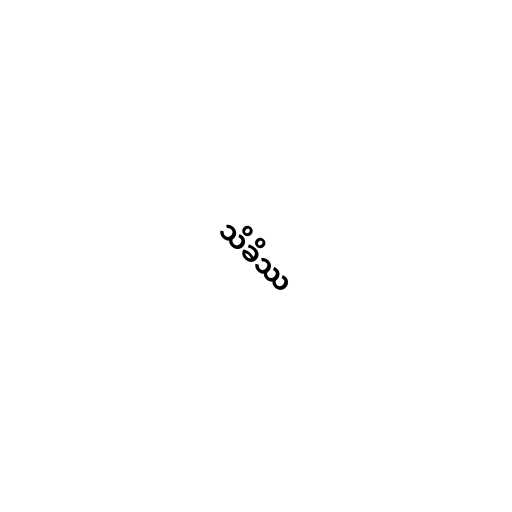
သိခိဿ